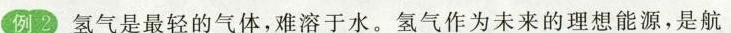
例2氢气是最轻的气体，难溶于水。氢气作为未来的理想能源，是航